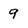
Character: 9